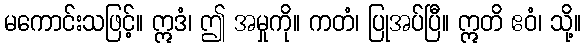
မကောင်းသဖြင့်။ ဣဒံ၊ ဤ အမှုကို။ ကတံ၊ ပြုအပ်ပြီ။ ဣတိ ဧဝံ၊ သို့။